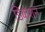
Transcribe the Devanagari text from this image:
डिकशन